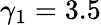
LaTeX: \gamma_{1}=3.5